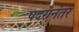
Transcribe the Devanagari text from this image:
पदरानंतर